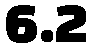
6.2